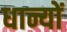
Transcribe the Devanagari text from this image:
धान्यों